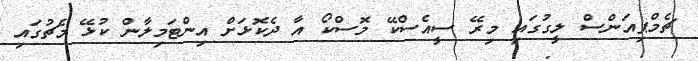
ޗެމްޕިއަންސް ލީގުގައި މިރޭ ސީއެސްކޭ މޮސްކޯ އާ ދެކޮޅަށް އިންޓަމިލާން ކުޅޭ މެޗުގައި